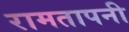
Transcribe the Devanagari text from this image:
रामतापनी